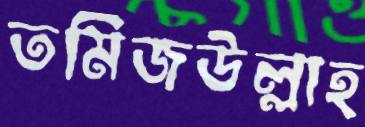
তমিজউল্লাহ